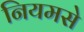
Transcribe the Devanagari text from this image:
नियमसे